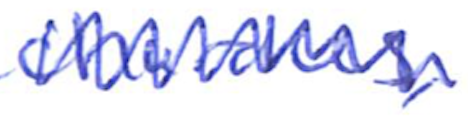
Text: churches,
Cross-out: zig-zag
Writing tool: ballpoint